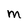
Character: m